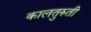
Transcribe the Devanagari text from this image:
कालतुरुती